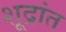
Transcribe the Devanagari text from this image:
शूद्रांत